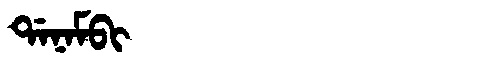
Manchu: ᡩᠠᠨᠠᠮᠪᡳ
Romanization: DANAMBI